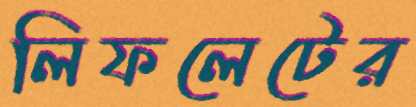
লিফলেটের